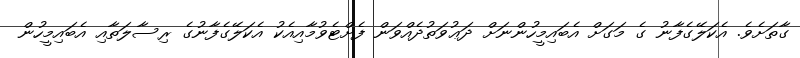
ގާތަށެވެ. އެކަލޭގެފާނު ގެ މަގަށް އެބައިމީހުންނަށް ދަޢުވަތުދެއްވަން ފެށްޓެވުމާއިއެކު އެކަލޭގެފާނުގެ ރިސާލަތާއި އެބައިމީހުން